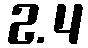
2.4